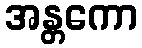
အန္တကော